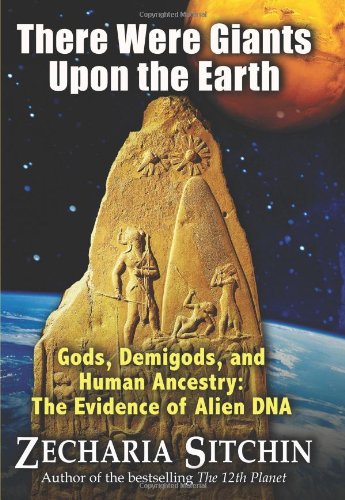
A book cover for There Were Giants Upon the Earth: Gods, Demigods, and Human Ancestry: The Evidence of Alien DNA (Earth Chronicles); Zecharia Sitchin; Science & Math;